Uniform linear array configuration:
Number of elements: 32
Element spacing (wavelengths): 0.5
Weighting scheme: cosine
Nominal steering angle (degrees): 60
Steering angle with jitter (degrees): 60.097
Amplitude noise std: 0.05
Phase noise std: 0.05

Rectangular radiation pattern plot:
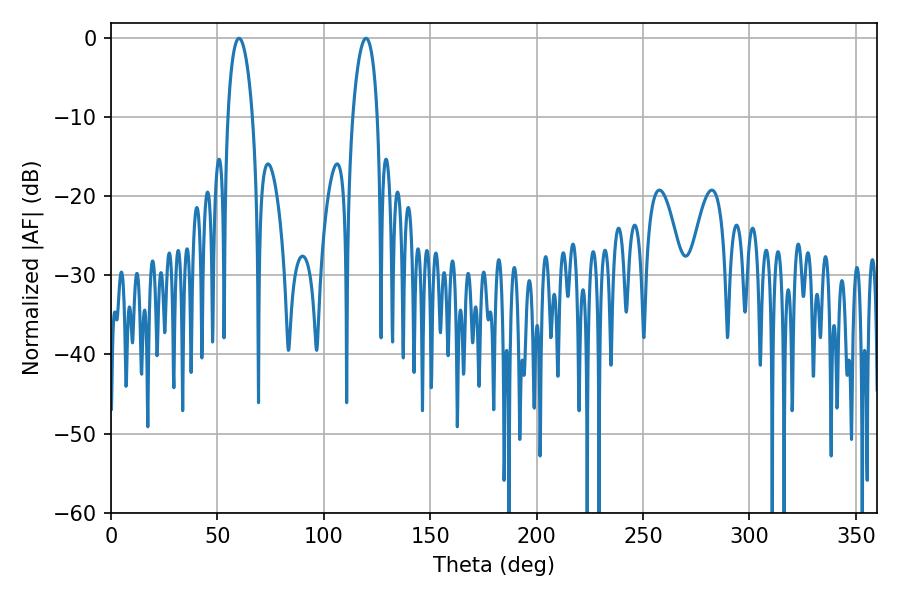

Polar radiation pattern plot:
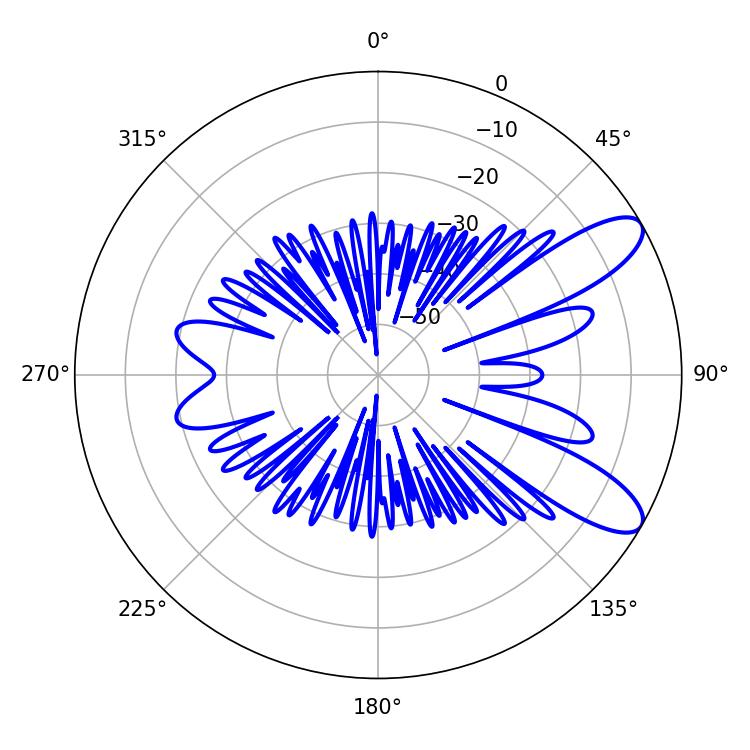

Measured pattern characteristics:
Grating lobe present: FALSE
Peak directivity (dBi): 9.702
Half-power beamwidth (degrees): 6.48
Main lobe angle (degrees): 60.12